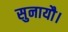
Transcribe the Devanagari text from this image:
सुनायौ।